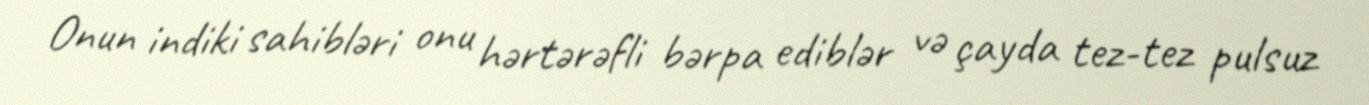
Onun indiki sahibləri onu hərtərəfli bərpa ediblər və çayda tez-tez pulsuz